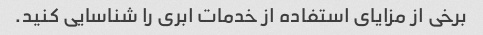
برخی از مزایای استفاده از خدمات ابری را شناسایی کنید.